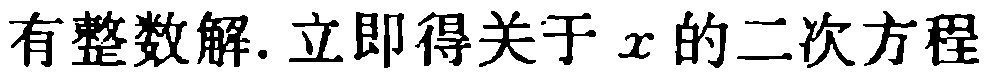
有整数解. 立即得关于\(x\)的二次方程